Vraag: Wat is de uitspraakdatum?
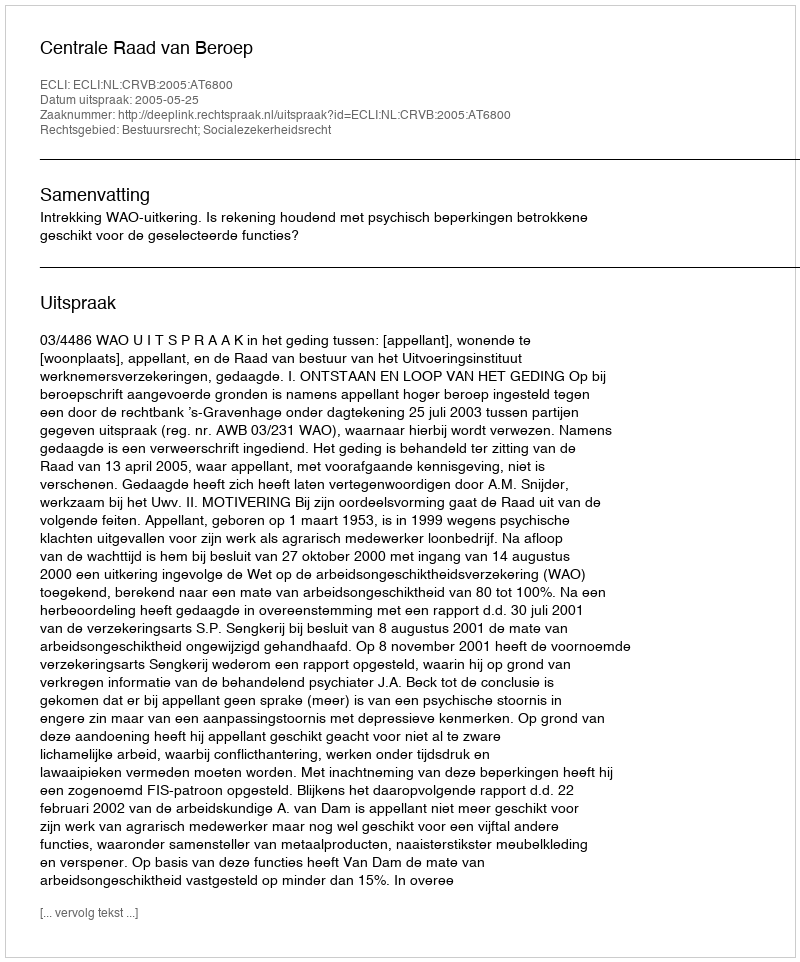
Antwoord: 2005-05-25